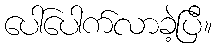
ပေါ်ပေါက်လာခဲ့ပြီ။